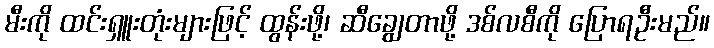
မီးကို ထင်းရှူးတုံးများဖြင့် ထွန်းဖို့၊ ဆီချွေတာဖို့ ဒစ်လစီကို ပြောရဦးမည်။